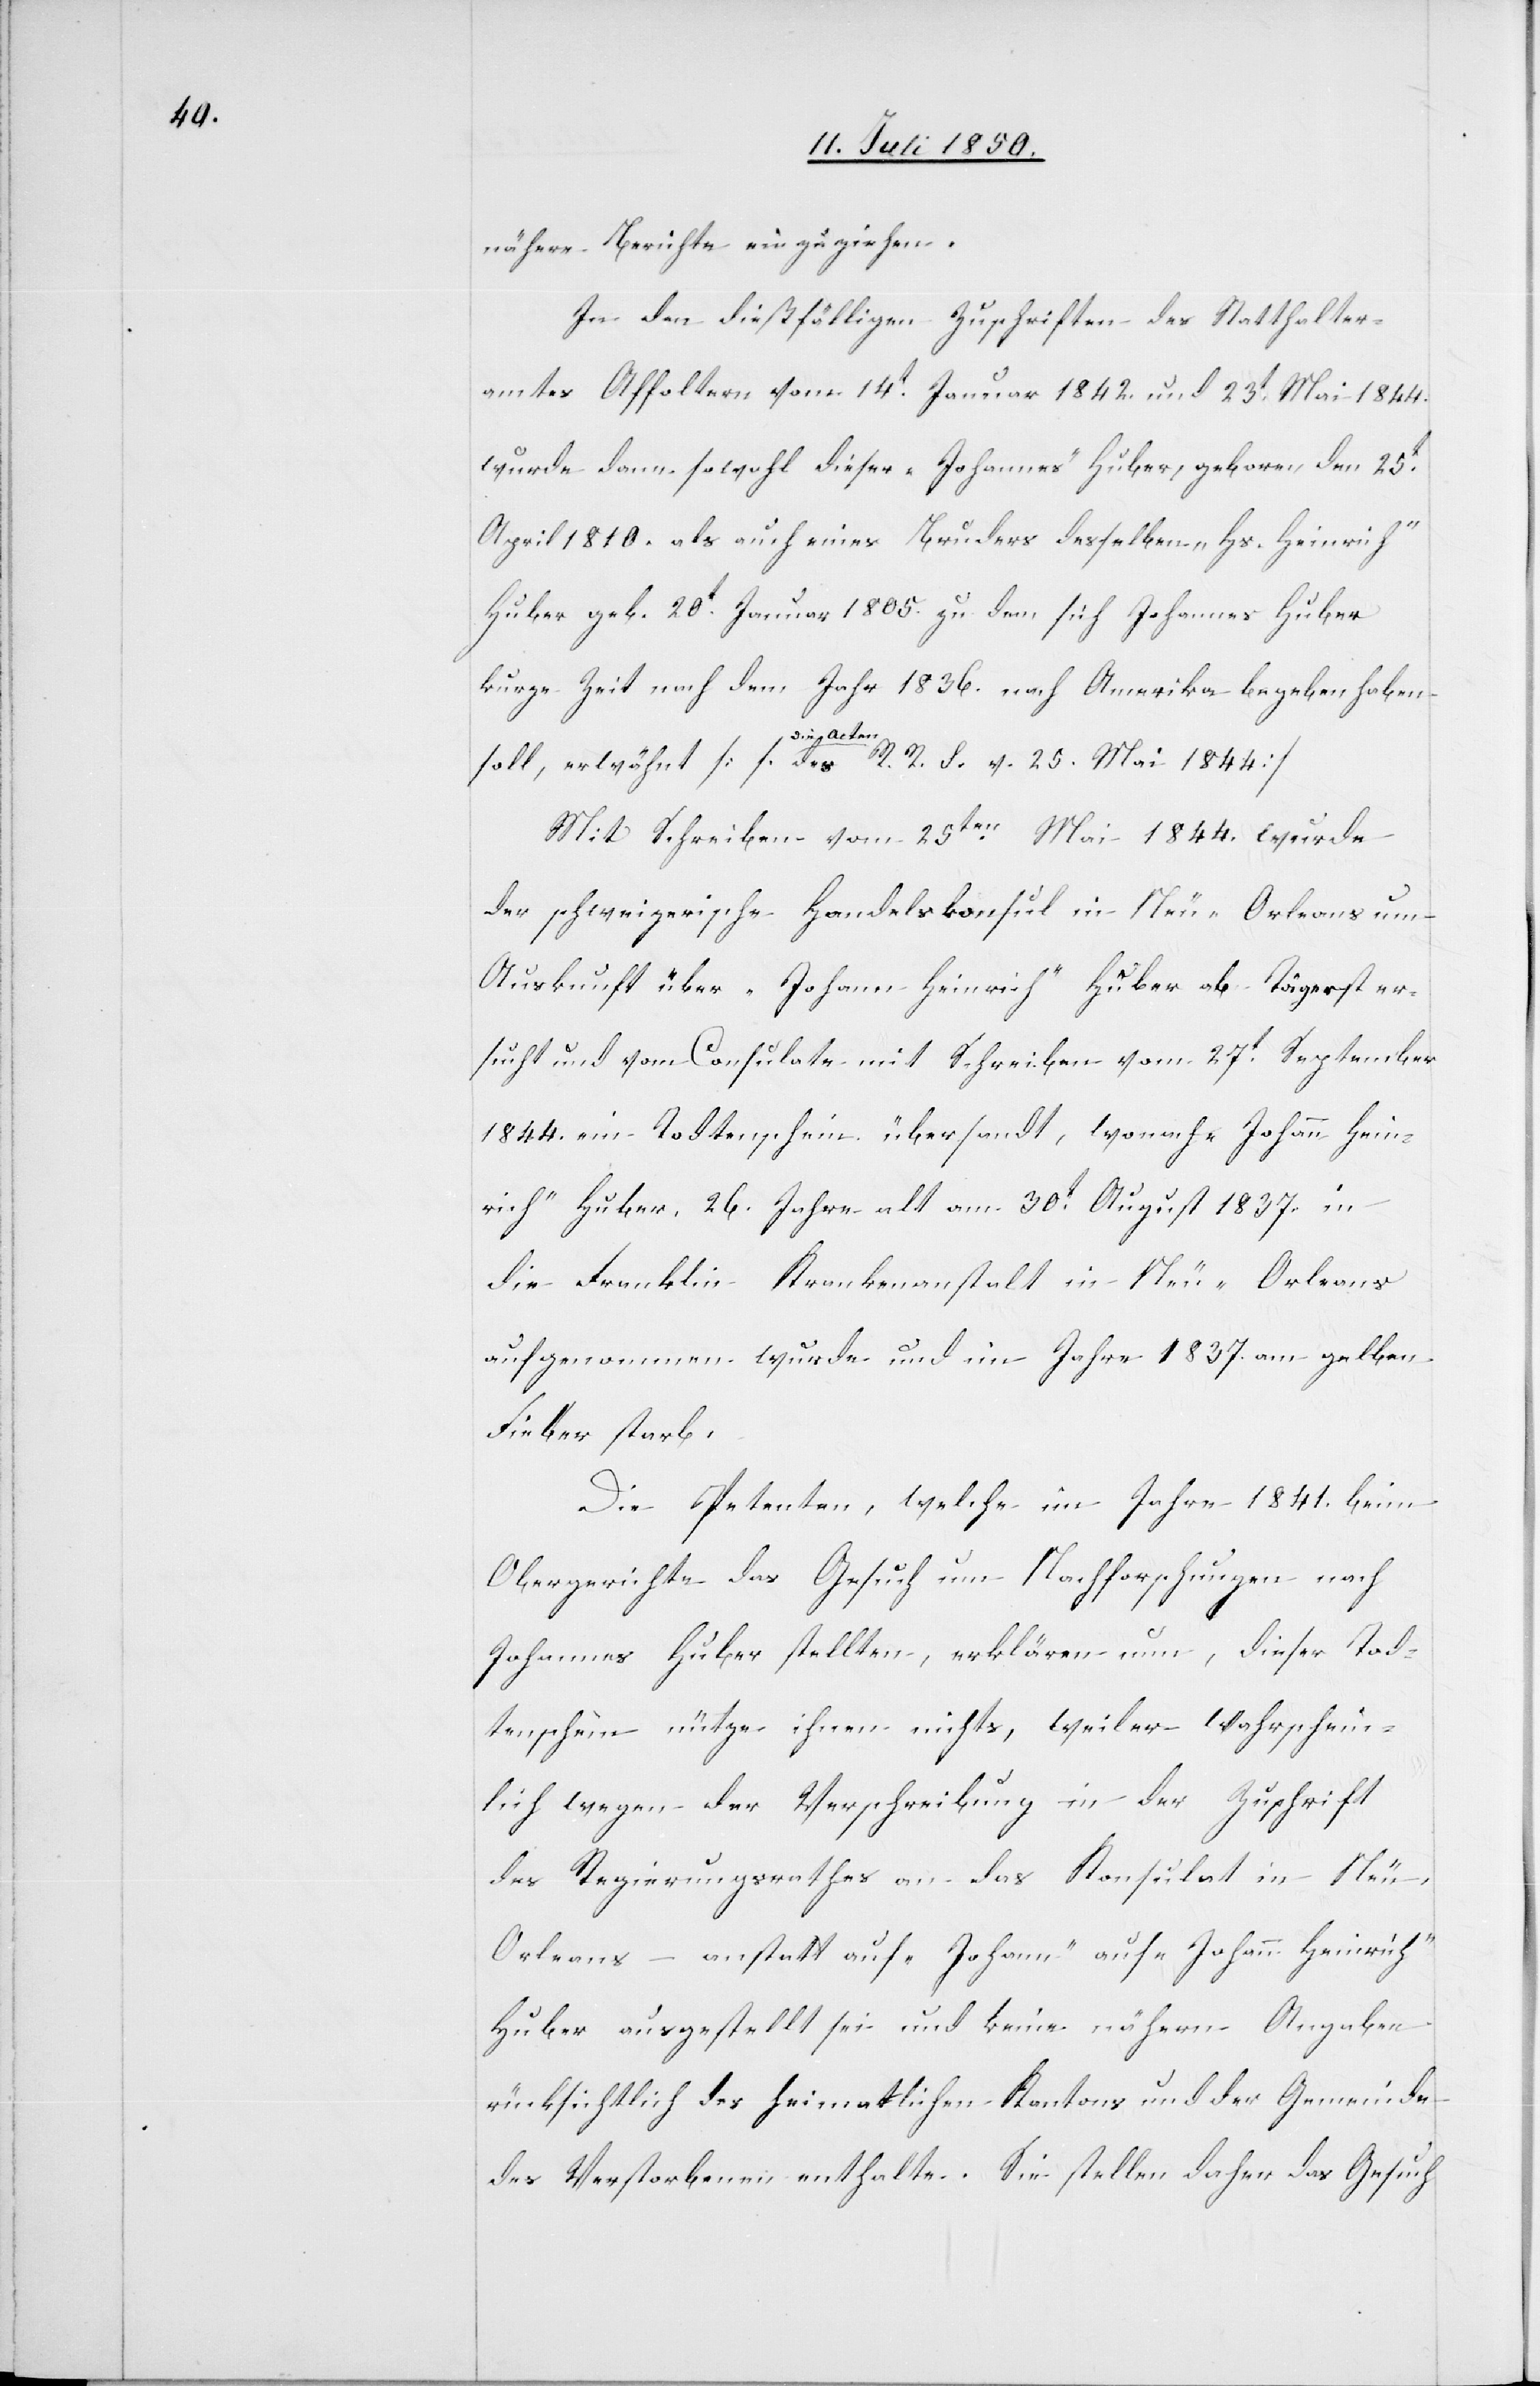
nähere Berichte einzuziehen.
In den dießfälligen Zuschriften des Statthalter¬
amtes Affoltern vom 14t Januar 1842. und 23t Mai 1844.
wurde dann sowohl dieser „Johannes“ Huber, geboren den 25t
April 1810. als auch eines Bruders desselben „Hs. Heinrich“
Huber geb. 20t Januar 1805. zu dem sich Johannes Huber
kurze Zeit nach dem Jahr 1836. nach Amerika begeben haben
soll, erwähnt [s. die Acten des R. R. S. v. 25. Mai 1844]
Mit Schreiben vom 25ten Mai 1844. wurde
der schweizerische Handelskonsul in Neu-Orleans um
Auskunft über „Johann Heinrich“ Huber ab Tägerst er¬
sucht und vom Consulate mit Schreiben vom 27t September
1844. ein Todtenschein übersandt, wonach „Johann Hein¬
rich“ Huber 26. Jahre alt am 30t August 1837. in
die Franklin Krankenanstalt in Neu-Orleans
aufgenommen wurde und im Jahre 1837. am gelben
Fieber starb.
Die Petenten, welche im Jahre 1841. beim
Obergerichte das Gesuch um Nachforschungen nach
Johannes Huber stellten, erklären nun, dieser Tod¬
tenschein nütze ihnen nichts, weil er wahrschein¬
lich wegen der Verschreibung in der Zuschrift
des Regierungsrathes an das Konsulat in Ne¬
u-Orleans – anstatt auf „Johann“ auf „Johann Heinrich“
Huber ausgestellt sei und keine nähern Angaben
rücksichtlich des heimatlichen Kantons und der Gemeinde
des Verstorbenen enthalte. Sie stellen daher das Gesuch